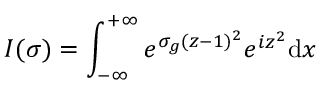
I ( \sigma ) = \int _ { - \infty } ^ { + \infty } e ^ { \sigma _ { g } ( z - 1 ) ^ { 2 } } e ^ { i z ^ { 2 } } \mathrm { d } x